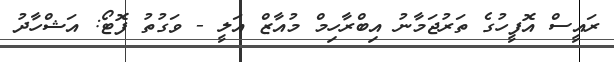
ރައީސް އޮފީހުގެ ތަރުޖަމާނު އިބްރާހިމް މުއާޒް އަލީ - ވަގުތު ފޮޓޯ: އަޝްހާދު